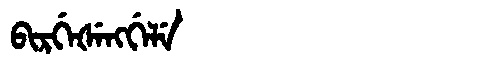
Manchu: ᠪᡳᡵᡤᡝᡧᡝᠩᡤᡝᠯᡝ
Romanization: BIRGEŠENGGELE